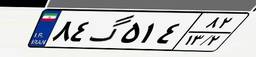
۱۲گ۴۸۵۶۵